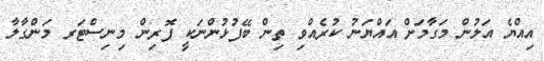
އިއްޔެ އަލުން މަގާމަށް އައްޔަނު ކުރެއްވި ތިން ބޭފުޅުންނަކީ ފޮރިން މިނިސްޓަރ މަންގާލާ